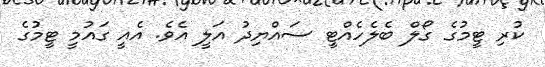
ކުރި ޓީމުގެ ގޯލް ބެލެހެއްޓީ ސައްޔިދު އަލީ އެވެ. އެއީ ގައުމީ ޓީމުގެ